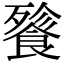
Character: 餮